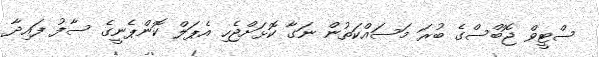
ސްޓީވް ޖޮބްސްގެ ބުރަ މަސައްކަތުން ނަގާ ކޮޅަށްޖެހި އެޕަލް ކޮންޕެނީގެ ސާފު ފައިދާ